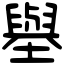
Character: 𡒊